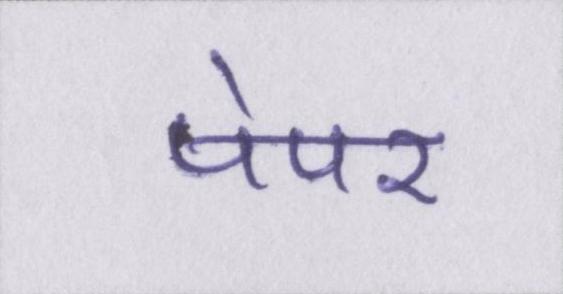
पेपर